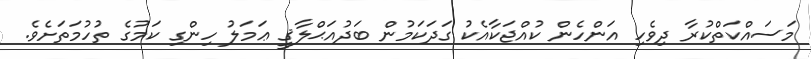
މަސައްކަތްކުރާ ދިވެހި އަންހެން ކުއްޖަކާއެކު ގަދަކަމުން ބަދުއަޙްލާޤީ ޢަމަލު ހިންގި ކަމުގެ ތުހުމަތަށެވެ.